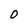
Character: 0